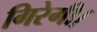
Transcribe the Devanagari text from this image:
गिरेगी।